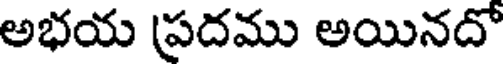
అభయ ప్రదము అయినదో